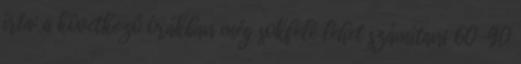
írta: a következő órákban még sokfelé lehet számítani 60-90